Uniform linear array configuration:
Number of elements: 4
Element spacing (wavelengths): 0.75
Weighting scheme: kaiser
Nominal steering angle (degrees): -45
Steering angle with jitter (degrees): -46.689
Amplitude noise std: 0.05
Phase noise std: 0.05

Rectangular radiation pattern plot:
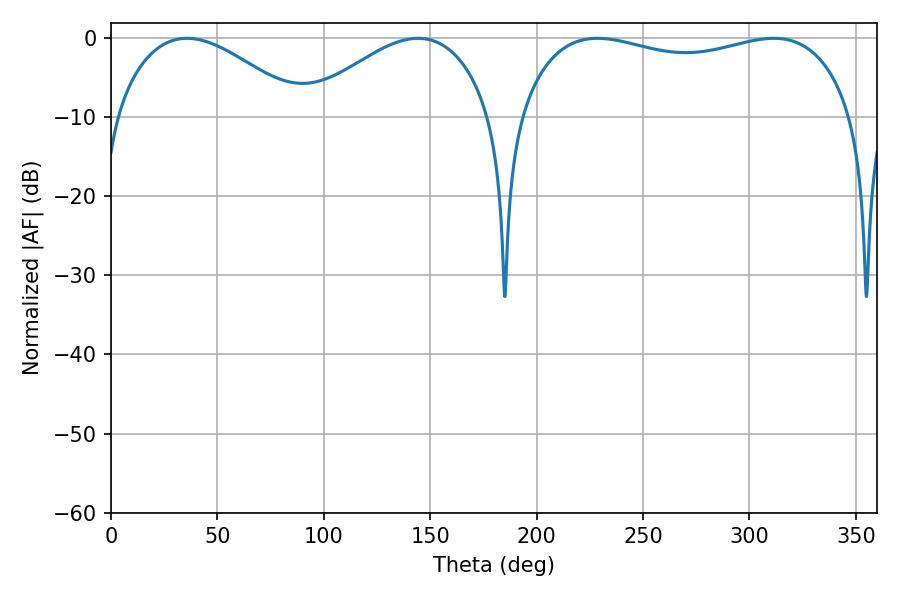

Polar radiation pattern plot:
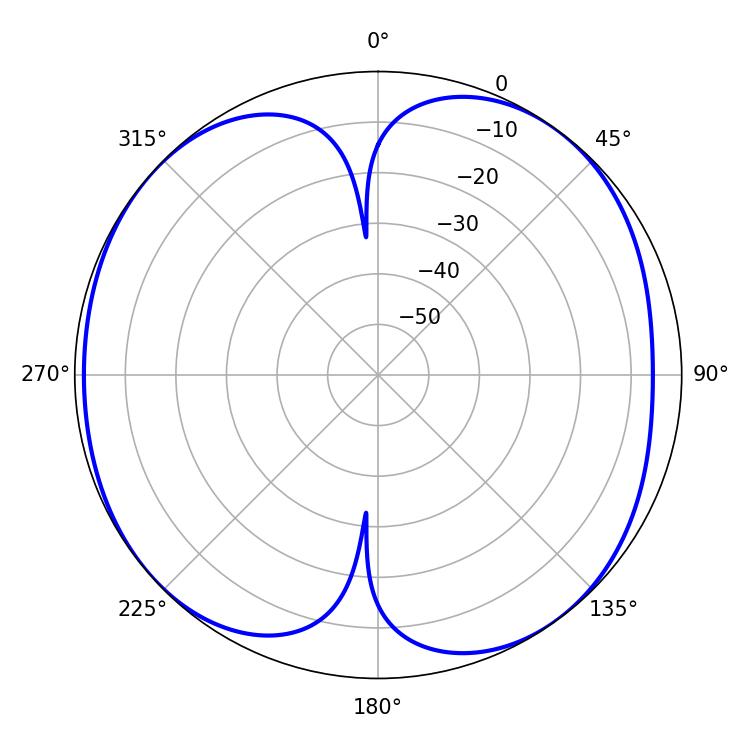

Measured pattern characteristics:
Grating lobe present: TRUE
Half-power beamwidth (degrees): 128.16
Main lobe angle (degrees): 228.6